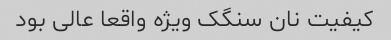
کیفیت نان سنگک ویژه واقعا عالی بود